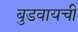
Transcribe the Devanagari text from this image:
बुडवायची